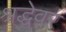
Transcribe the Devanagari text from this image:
श्रद्धेवर